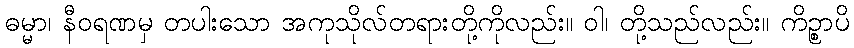
ဓမ္မာ၊ နီဝရဏမှ တပါးသော အကုသိုလ်တရားတို့ကိုလည်း။ ဝါ၊ တို့သည်လည်း။ ကိဉ္စာပိ